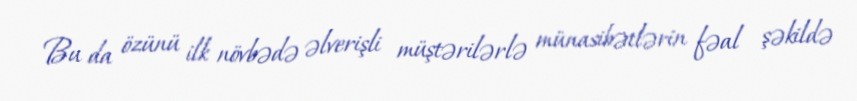
Bu da özünü ilk növbədə əlverişli müştərilərlə münasibətlərin fəal şəkildə